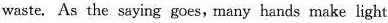
waste. As the saying goes, many hands make light